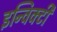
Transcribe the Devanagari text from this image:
इन्विक्टी